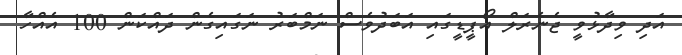
އަދި ވިދާޅުވީ ޖެނެރަލް އޯޕީޑީގައި އަބަދުވެސް ނަމްބަރު ނަގައިގެން ދައްކަން 100 އެއްހާ